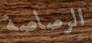
الرصاصة